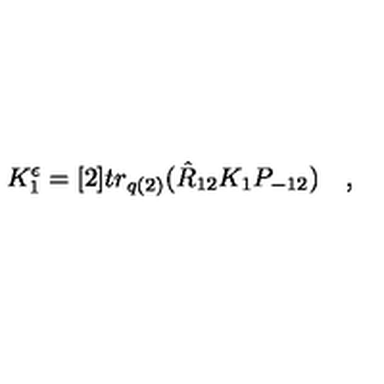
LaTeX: K _ { 1 } ^ { \epsilon } = [ 2 ] t r _ { q ( 2 ) } ( \hat { R } _ { 1 2 } K _ { 1 } P _ { - 1 2 } ) \quad ,